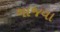
ગાજવા